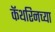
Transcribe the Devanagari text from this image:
कॅथरिनच्या